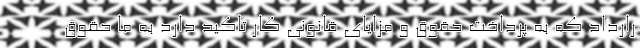
رارداد که به پرداخت حقوق و مزایای قانونی کار تاکید دارد به ما حقوق